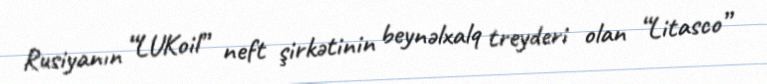
Rusiyanın “LUKoil” neft şirkətinin beynəlxalq treyderi olan “Litasco”